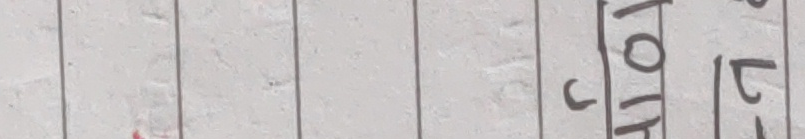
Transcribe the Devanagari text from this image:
बाटोर